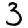
Digit: 3